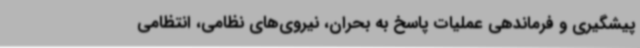
پیشگیری و فرماندهی عملیات پاسخ به بحران، نیروی‌های نظامی، انتظامی